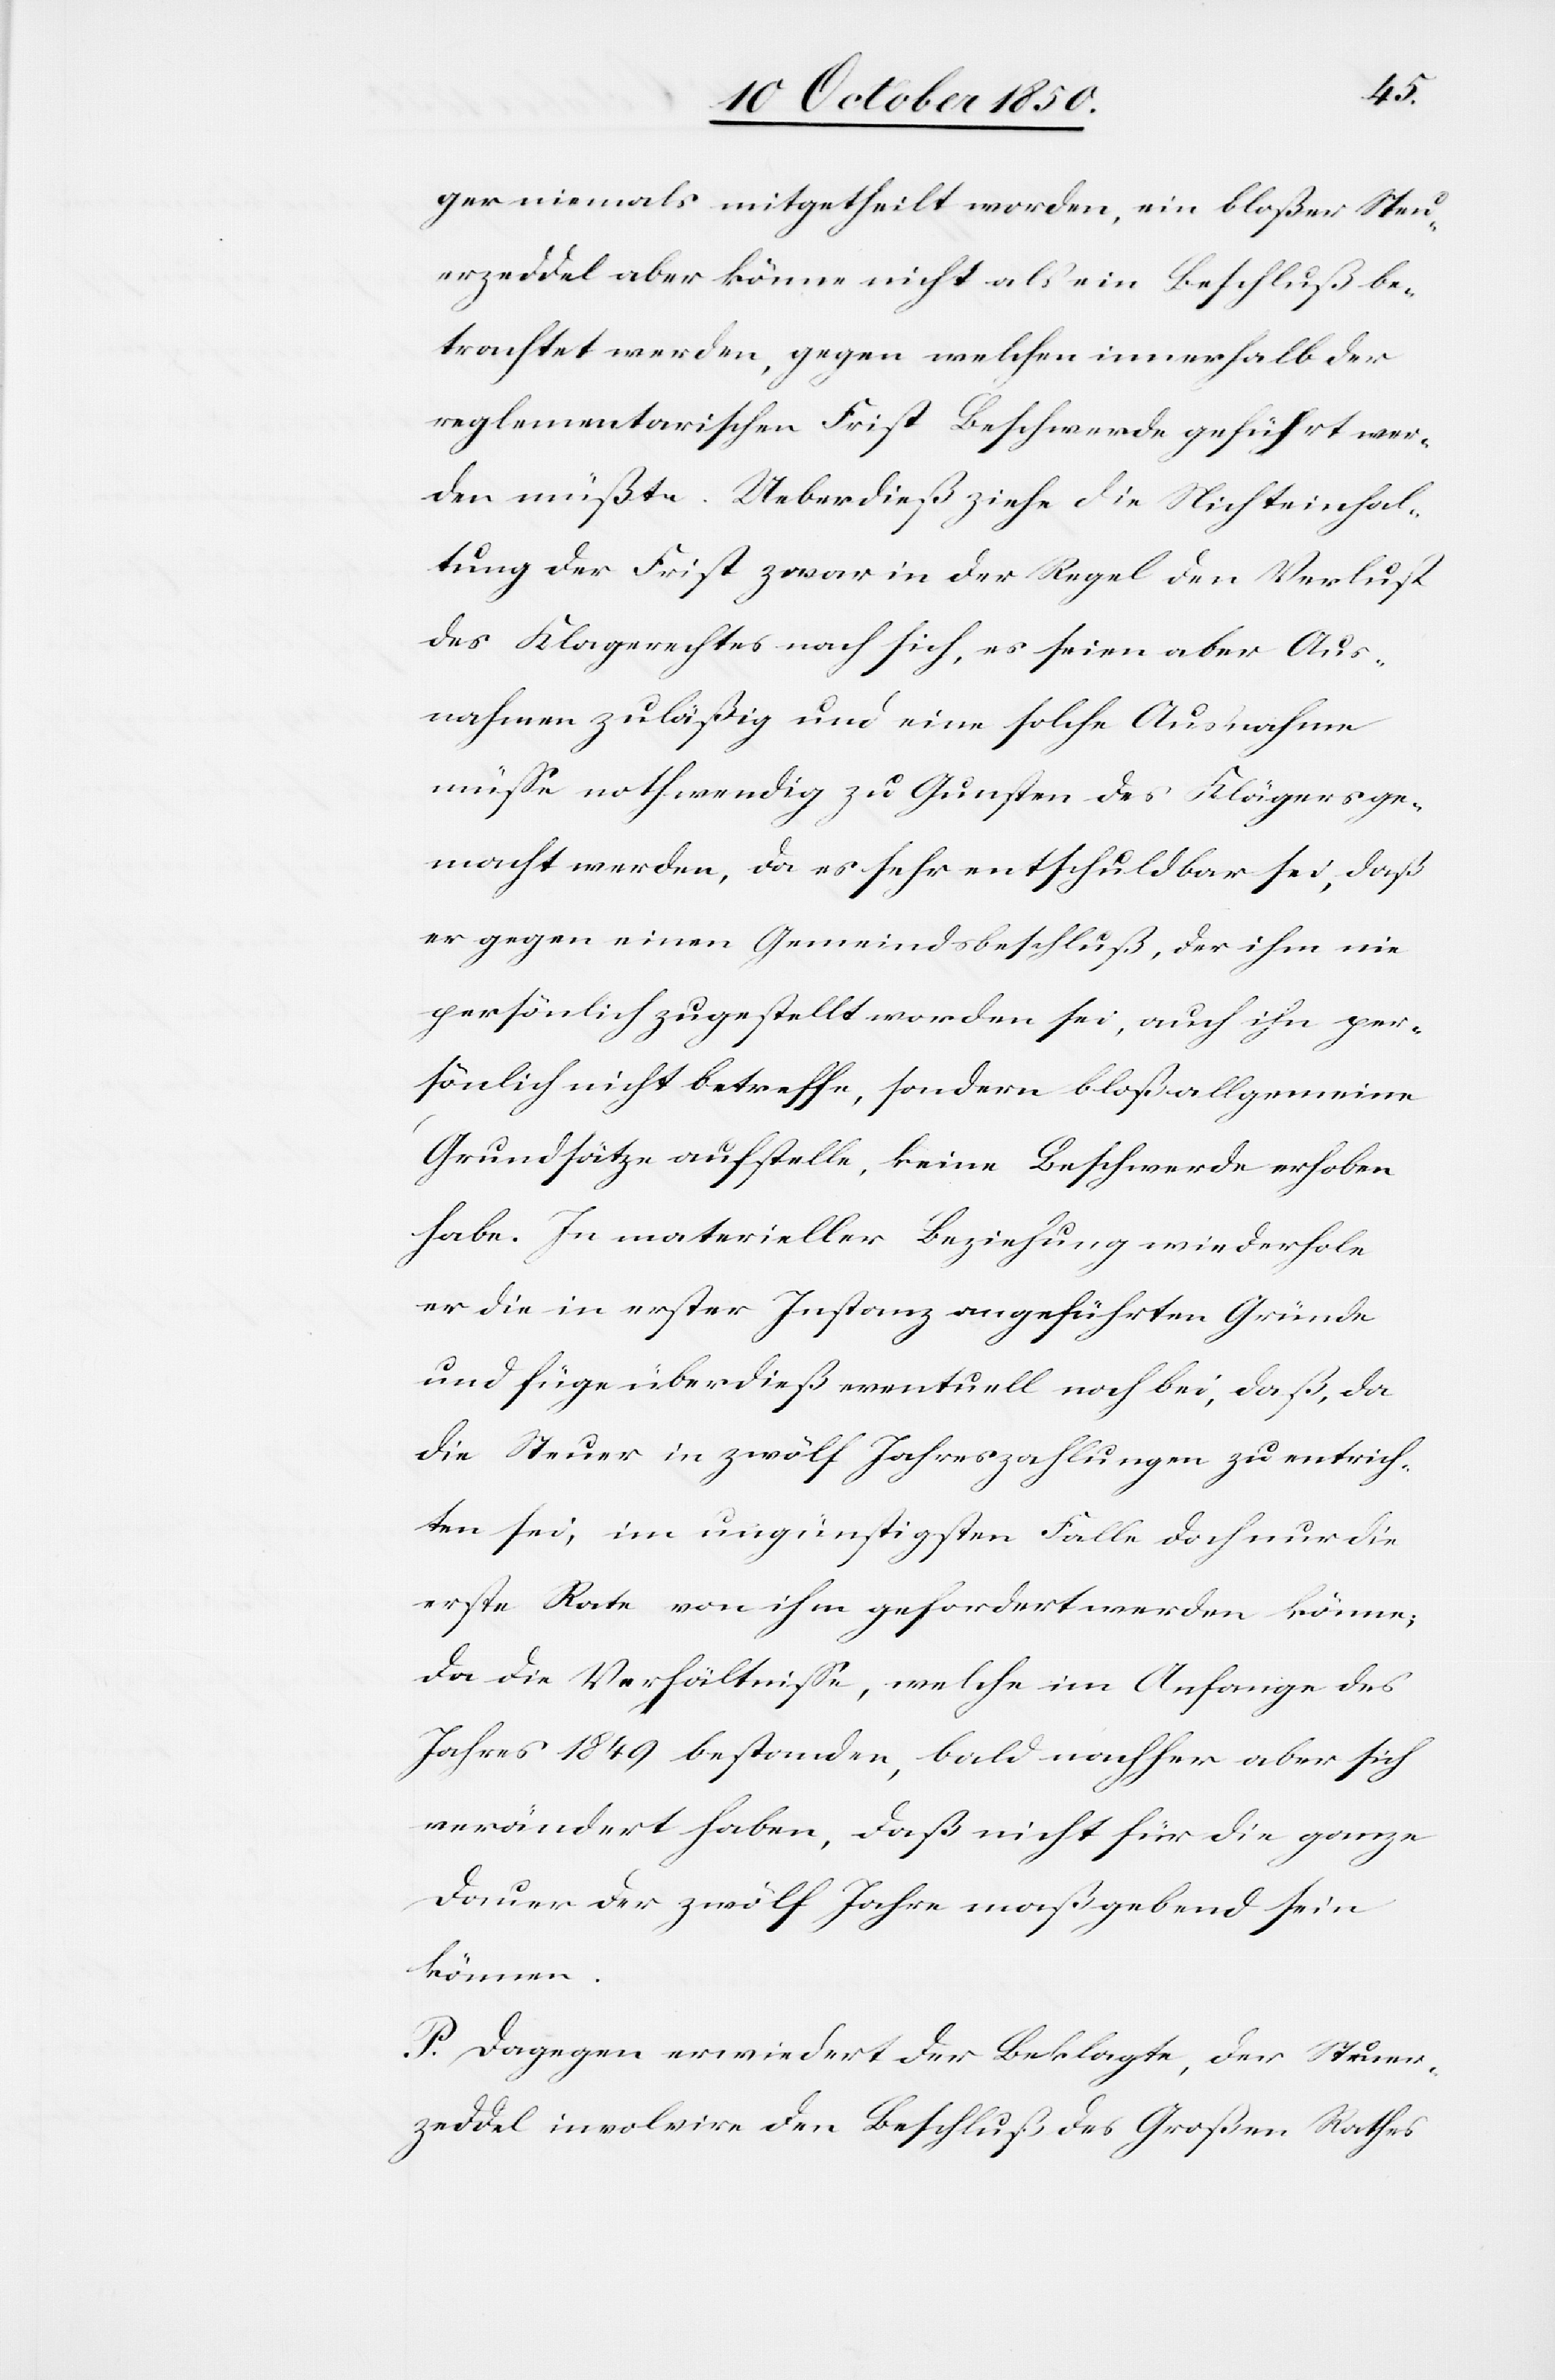
ger niemals mitgetheilt worden, ein bloßer Steu¬
erzeddel aber könne nicht als ein Beschluß be¬
trachtet werden, gegen welchen innerhalb der
reglementarischen Frist Beschwerde geführt wer¬
den müßte. Ueberdieß ziehe die Nichteinhal¬
tung der Frist zwar in der Regel den Verlust
des Klagerechtes nach sich, es seien aber Aus¬
nahmen zuläßig und eine solche Ausnahme
müsse nothwendig zu Gunsten des Klägers ge¬
macht werden, da es sehr entschuldbar sei, daß
er gegen einen Gemeindsbeschluß, der ihm nie
persönlich zugestellt worden sei, auch ihn per¬
sönlich nicht betreffe, sondern bloß allgemeine
Grundsätze aufstelle, keine Beschwerde erhoben
habe. In materieller Beziehung wiederhole
er die in erster Instanz angeführten Gründe
und füge überdieß eventuell noch bei, daß, da
die Steuer in zwölf Jahreszahlungen zu entrich¬
ten sei, im ungünstigsten Falle doch nur die
erste Rata von ihm gefordert werden könne;
da die Verhältnisse, welche im Anfange des
Jahres 1849 bestanden, bald nachher aber sich
verändert haben, daß nicht für die ganze
Dauer der zwölf Jahre maßgebend sein
können.
P. Dagegen erwiedert der Beklagte, der Steuer¬
zeddel involvire den Beschluß des Großen Rathes